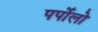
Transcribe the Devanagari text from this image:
पर्पोलो